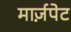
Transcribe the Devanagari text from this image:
मार्ज़पेट